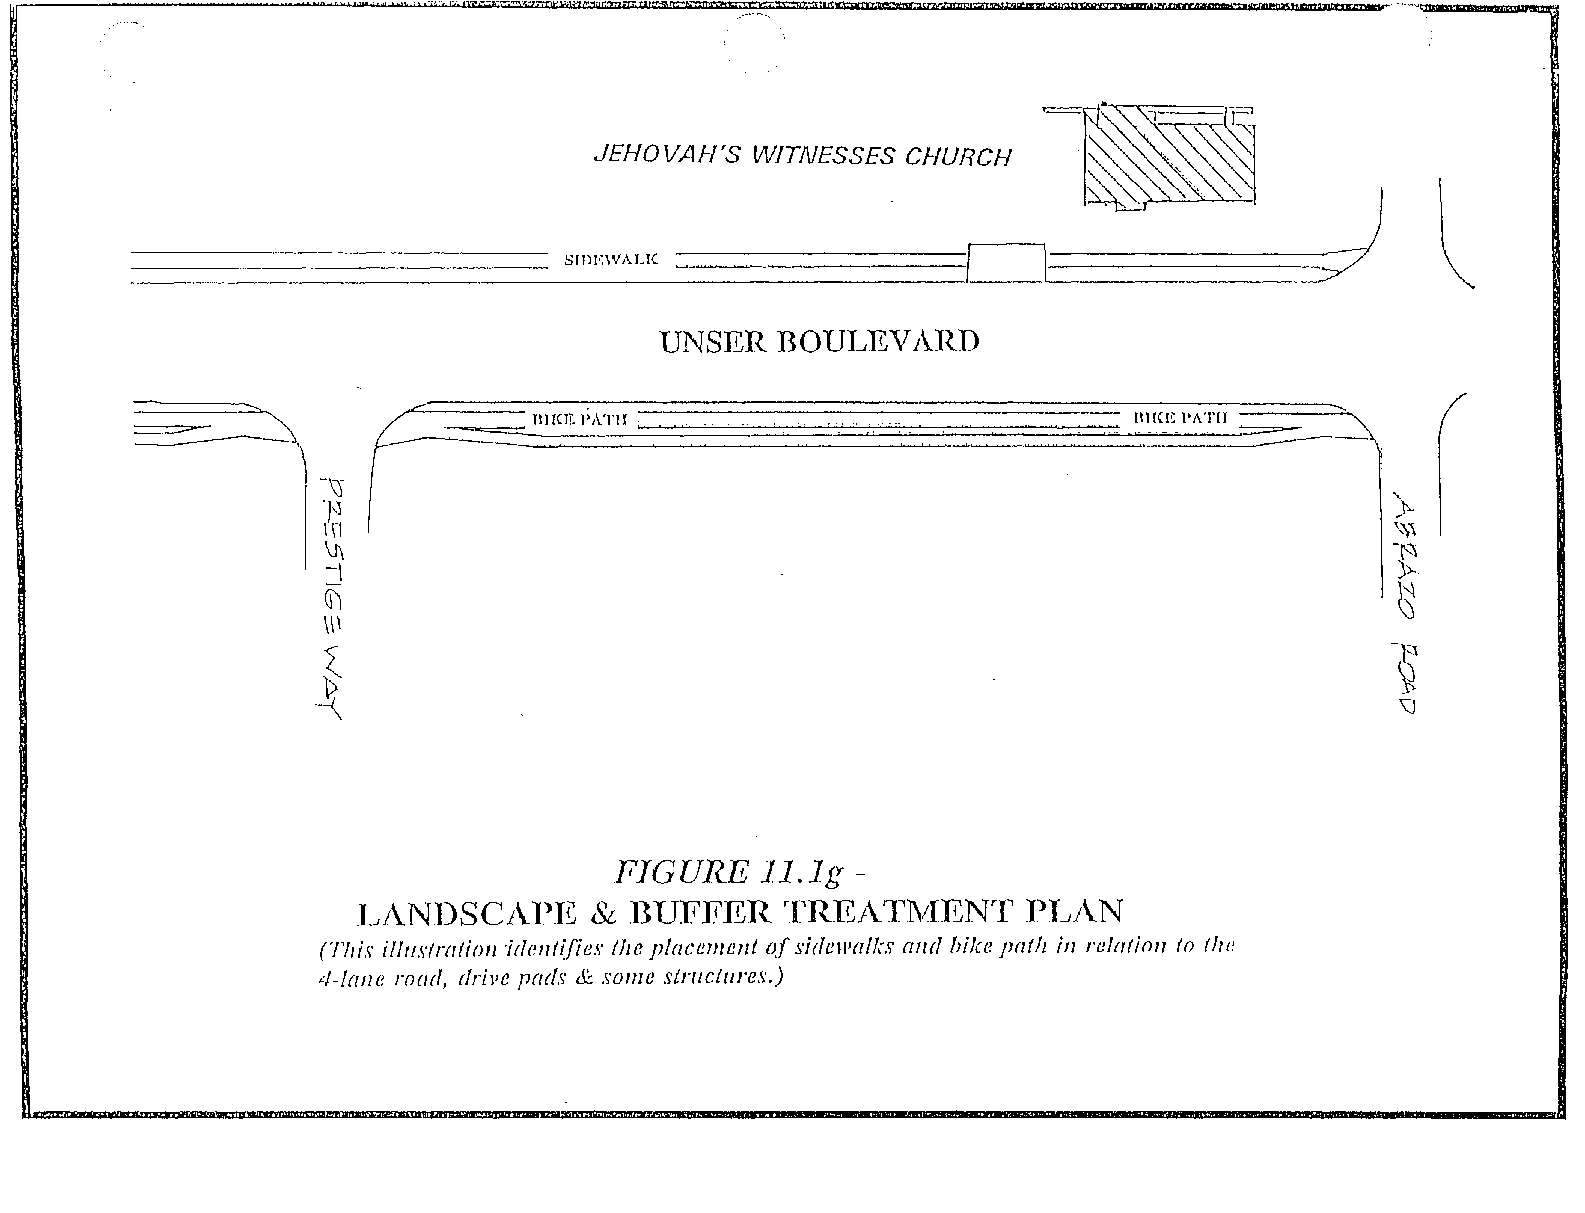
~.
 J      \
 JEHOVAH'S WITNESSES CHURCH
 ~~~
 SIDEWALK                                          .       \
 UNSER   nOUl.lEV1\.RD
 -....
 ./
 ==-=:::--~t                HI {(IT. PATII .                       BlICE PATH ::::::::-~-
 -\1
 ')
 7                                                                     )~
 \\-1
 '~1
 \1\                                                                   -~
 j                                                                      ))...
 G1                                                                     ~
 \\\
 ~                                                                     ~
 .~                                                                      \J
 FIGURE    11.1g ­
 LV. 11UFFER
 1~1\N.l)SC1\1)I~            1~RE1\1~lVIEN1' PT~j\N
 (TIJis il/ll,\'/rfllioll 'irlel1tz{ies the plaCC1JICllt of sir/ewalks a11d hike path in re/fltioll 10 lire
 4-lalle road, dril'e pads & SOllIe structures.)